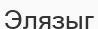
Элязыг